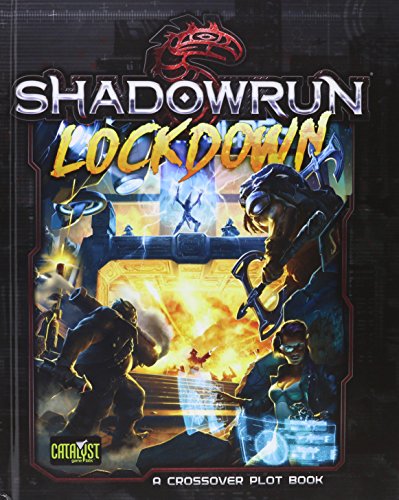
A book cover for Shadowrun Lockdown; Science Fiction & Fantasy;